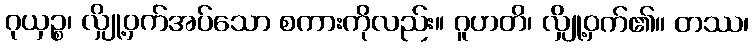
ဂုယှဉ္စ၊ လျှို့ဝှက်အပ်သော စကားကိုလည်း။ ဂူဟတိ၊ လျှို့ဝှက်၏။ တဿ၊